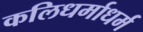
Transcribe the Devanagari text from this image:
कलिधर्माधर्म